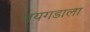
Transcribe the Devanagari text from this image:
जयगडाला